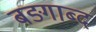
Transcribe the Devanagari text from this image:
बङ्गाब्द